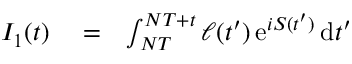
\begin{array} { r l r } { I _ { 1 } ( t ) } & { { } = } & { \int _ { N T } ^ { N T + t } \ell ( t ^ { \prime } ) \, \mathrm { e } ^ { i S ( t ^ { \prime } ) } \, \mathrm { d } t ^ { \prime } } \end{array}